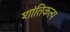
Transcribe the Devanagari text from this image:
शांतिकल्प